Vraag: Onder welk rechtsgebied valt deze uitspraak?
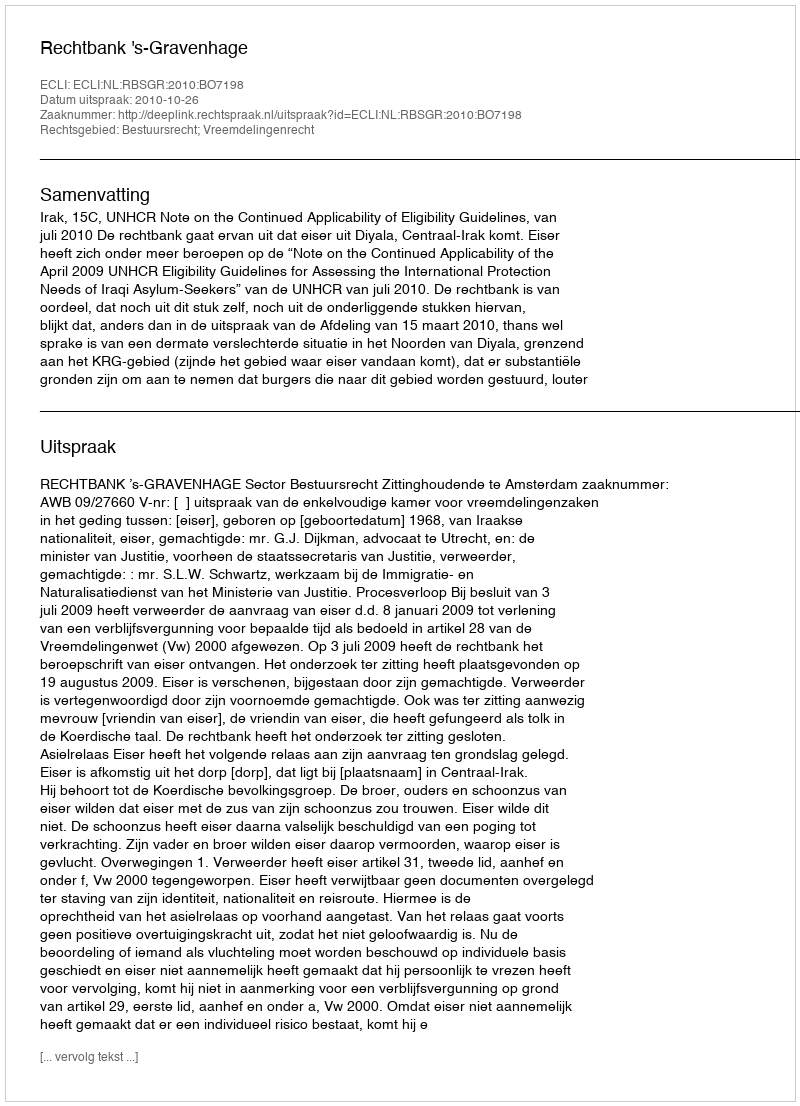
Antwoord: Bestuursrecht; Vreemdelingenrecht